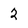
Character: 2